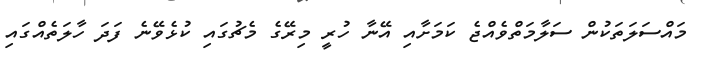
މައްސަލަތަކުން ސަލާމަތްވެއްޖެ ކަމަށާއި އޭނާ ހުރީ މިރޭގެ މެޗުގައި ކުޅެވޭނެ ފަދަ ހާލަތެއްގައި